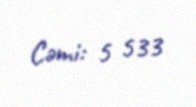
Cəmi: 5 533